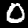
Label: 0